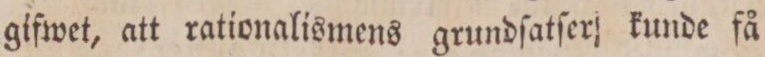
gifwet, att rationalismens grundſatſer kunde få